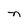
Character: n